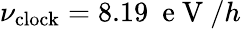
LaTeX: \nu_{\mathrm{clock}}=8.19~\mathrm{~e~V~}/h